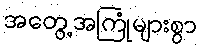
အတွေ့အကြုံများစွာ